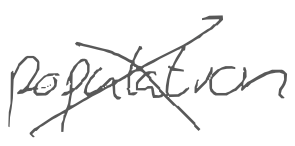
Text: population
Cross-out: cross
Writing tool: digital_gray